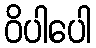
ဝိပါပေါ